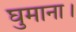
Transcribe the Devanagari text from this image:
घुमाना।